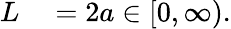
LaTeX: \begin{array}{rl}{L}&{{}=2a\in[0,\infty).}\end{array}